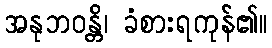
အနုဘဝန္တိ၊ ခံစားရကုန်၏။